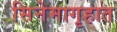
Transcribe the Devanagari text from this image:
सिनेमागृहात